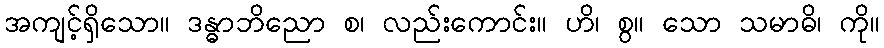
အကျင့်ရှိသော။ ဒန္ဓာဘိညော စ၊ လည်းကောင်း။ ဟိ၊ စွ။ သော သမာဓိ၊ ကို။